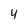
Character: 4